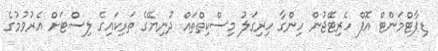
ޑިޕާޓްމަންޓް އޮފް ހެރިޓޭޖުން ހިންގާ ހިރިގަލު މިސްކިތްތައް ދުނިޔޭގެ ތަރިކައިގެ ލިސްޓަށް އެރުވުމުގެ